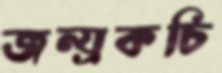
জন্য্রকচি